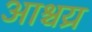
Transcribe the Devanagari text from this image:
आश्चय्र